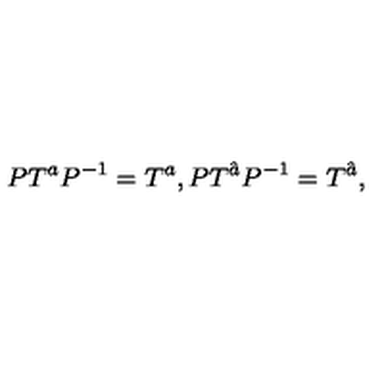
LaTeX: P T ^ { a } P ^ { - 1 } = T ^ { a } , P T ^ { \hat { a } } P ^ { - 1 } = T ^ { \hat { a } } , \,